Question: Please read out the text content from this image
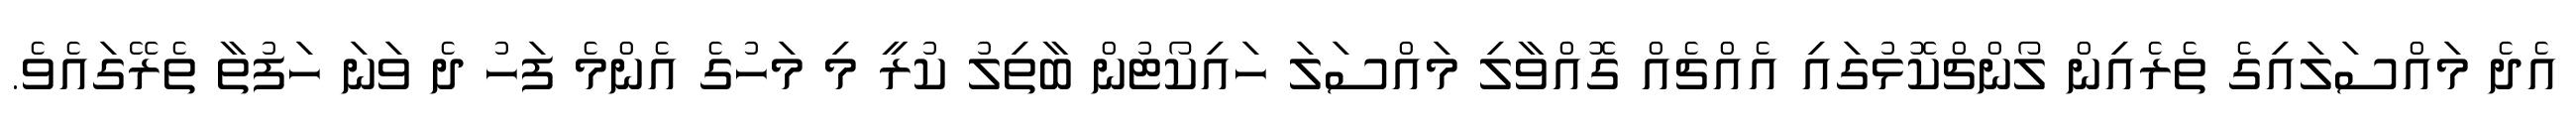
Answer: އެދެ މައްސަލައިގެ ތެރެއިން ލޯންޗްކޮޅުގައި އެއްޗެއް ގޮއްވާލި މައްސަލަ ހައިކޯޓުން ބާތިލު ކުރީ މި މަހުގެ އެންމެ ފަހު ދެ ވަނަ ހަފުތާ ތެރޭގައެވެ.